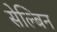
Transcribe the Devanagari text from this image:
सेल्बिन